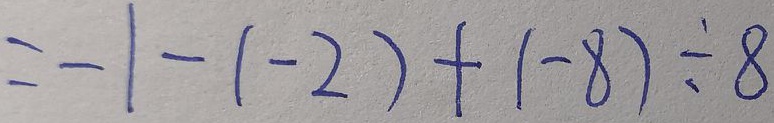
= - 1 - ( - 2 ) + ( - 8 ) \div 8